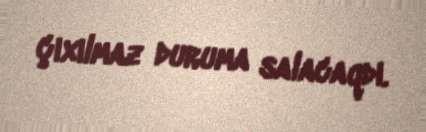
çıxılmaz duruma salacaqdı.